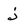
Character: j